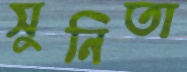
সুনিতা